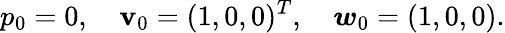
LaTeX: p_{0}=0,\quad\boldsymbol{\mathbf{v}}_{0}=(1,0,0)^{T},\quad\boldsymbol{w}_{0}=(1,0,0).